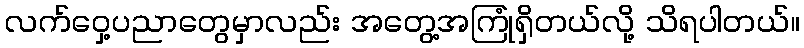
လက်ဝှေ့ပညာတွေမှာလည်း အတွေ့အကြုံရှိတယ်လို့ သိရပါတယ်။